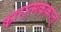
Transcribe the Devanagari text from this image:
कारात्मककात्‌